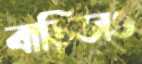
বাড়িডাও